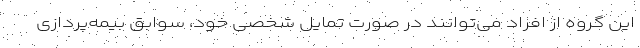
این گروه از افراد می‌توانند در صورت تمایل شخصی خود، سوابق بیمه‌پردازی